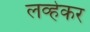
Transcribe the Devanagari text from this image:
लव्हेकर